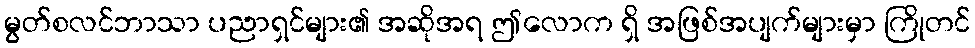
မွတ်စလင်ဘာသာ ပညာရှင်များ၏ အဆိုအရ ဤလောက ရှိ အဖြစ်အပျက်များမှာ ကြိုတင်